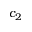
c _ { 2 }